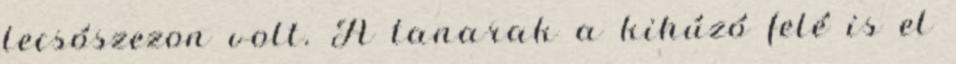
lecsószezon volt. A tanarak a kihúzó felé is el